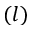
( l )